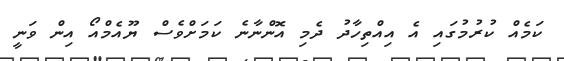
ކަމެއް ކުރުމުގައި އެ އިއްތިހާދު ދެމި އޮންނާނެ ކަމަށްވެސް ޔޫއެމްއޯ އިން ވަނީ